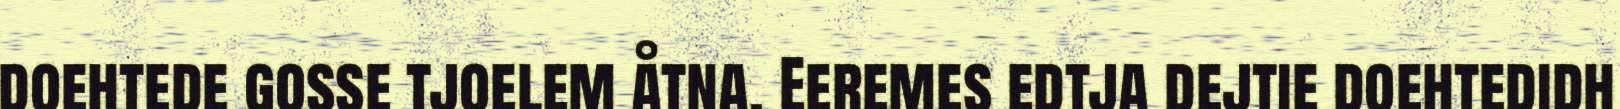
doehtede gosse tjoelem åtna. Eeremes edtja dejtie doehtedidh